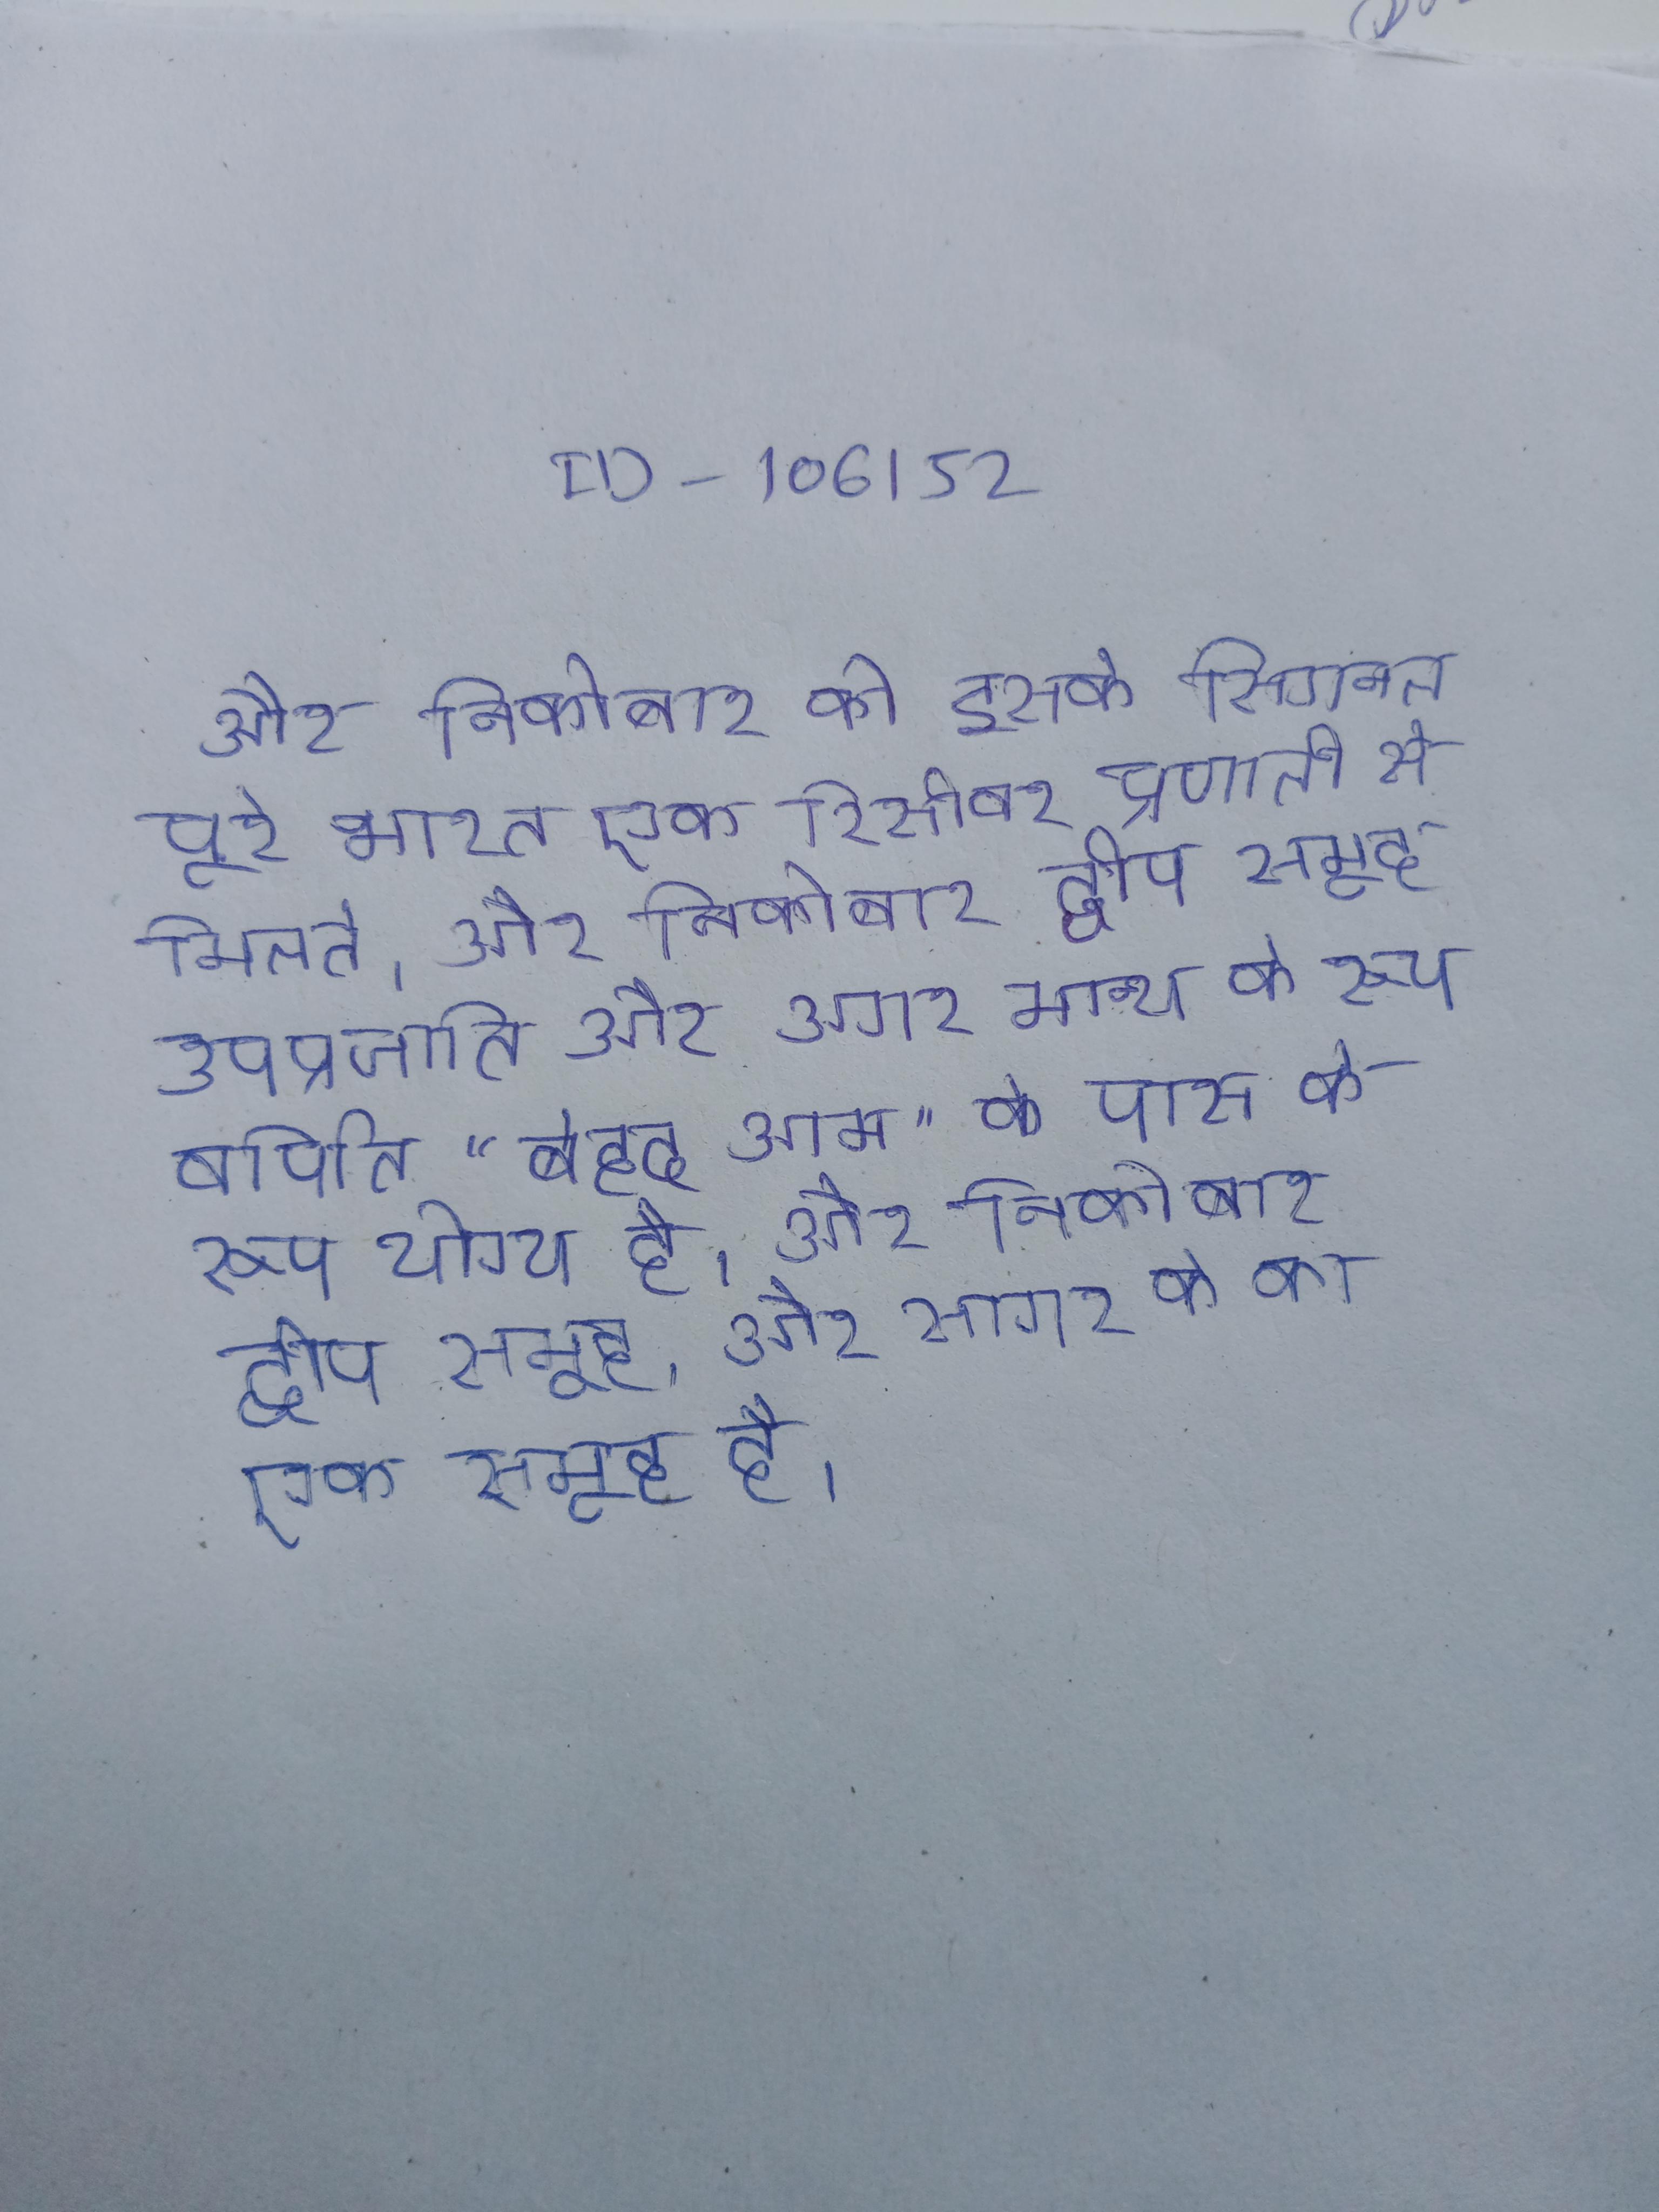
और निकोबार को इसके सिगनल पूरे भारत एक रिसीवर प्रणाली से मिलते । और निकोबार द्वीप समूह उपप्रजाति और अगर मान्य के रूप वर्णित "बेहद आम" के पास के रूप योग्य है । और निकोबार द्वीप समूह, और सागर के का एक समूह है ।